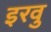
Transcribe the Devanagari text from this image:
इरवु